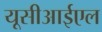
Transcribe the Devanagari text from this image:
यूसीआईएल